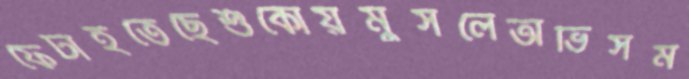
ফেটাইতেছেশুকোয়মুসলেঅভিসম